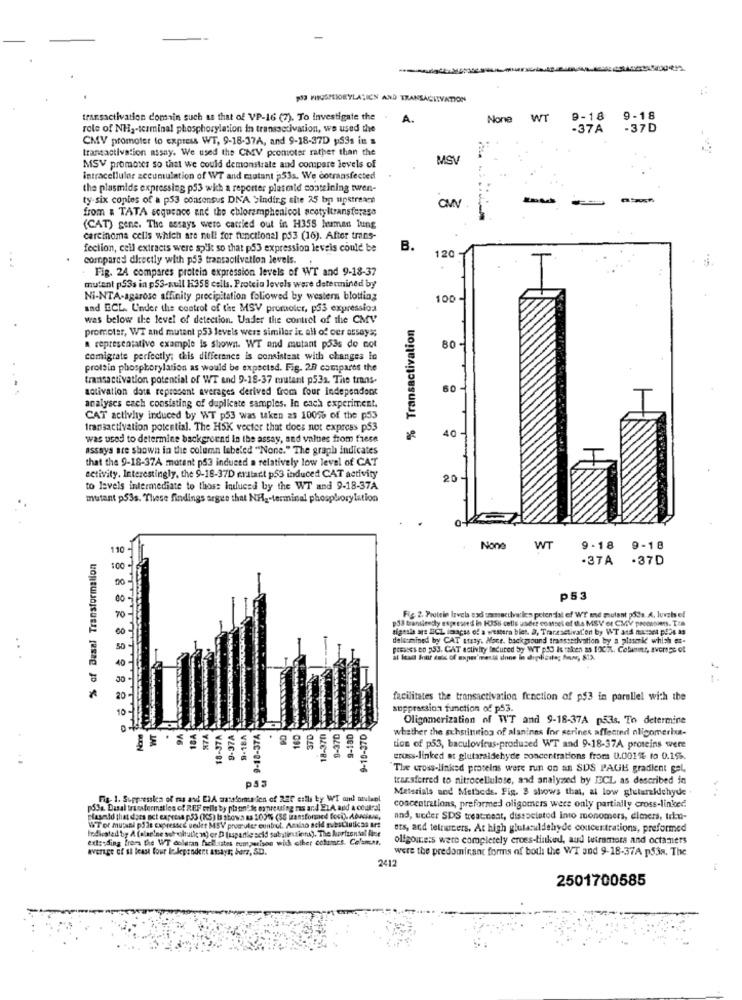
POJ MISUSPEIORYLATION AND TRANSAGITVATION
transactivation domain such as that of VP-16 (7). To Investigate the
A.
None WT
9-18
9-18
role of NH2-terminal phosphorylation in transaccivation, we used the
-37A
-37D
CMV promoter to express WT, 9-18-37A, and 9-18-37D p59s in »
transactivation assay. We used the CMV promoter rather than the
MSI
MSV promotes so that we could demonstrate and compare levels of
intracellular accumulation of WT and mutant 53s. We cotransfected
the plasmids expressing p53 wich a reporter plasmid conteining twen-
ty-six copies of a p53 consensus DNA binding site 25 bp upstream
from a TATA sequence and the chloramphenicol acetyltransferasa
(CAT) gene. The assays were carried out in H355 human lung
carcinoma cells which are null for functional p53 (16). After trans-
fection, cell extracts were split so that p53 expression leveis could be
B.
120
compared directly with p53 transactivation levels.
Fig. 24 compares protein expression levels of WT and 9-18-37
mutant p53a in p5S-null 1358 cells. Protein levels were determined by
Ni-NTA-agarose affinity precipitation followed by western blotting
100
and ECL. Under the control of the MSV promoter, p33 expressios
was below the level of detection. Under the control of the CMV
% Transactivation
promoter, WT and mutant p53 levels wers similar it all of oer arsays;
a representative example is shown. WT and mutant pass do not
80
comigrate perfectly; chis difference is consistent with changes lo
protein phosphorylation as would be expected. Fig. 28 compares the
transactivation potential of WT and 9-18-37 cutant p53a. The trans-
activation dota represent averages derived from four independent
60 -
analyses each consisting of duplicate samples. In cach experiment.
CAT activity induced by WT p53 was taken as 100% of the p53
Iransactivation potential. The HSK vector that does not express p53
40
was used to determine background in the assay, and values from frese
assays are shown in the column labeled "None." The graph indicates
that the 9-18-37A matent p53 induced a relatively low level of CAT
setivity. Interestingly, the 9-18-37D erstart p53 induced CAT activity
20
to levels intermediate to those Induced by the WT and 9-18-37A
mutant p53s. These findings argue that NA ,- terminal phosphorylation
110
WT
9 - 18
9-18
% of Basal Transformation
.37A .37D
:00
p53
p38 transiently expressed in K358 cells under comset of the MSV or CMV prontovers. T.e
Fig. 2. Protein Irvels axd umasacilvatica potential of WT and mutant påds. A. luvzis ef
ra blet. D, Tracesctivation by WT and musset pros as
delamined by CAT staty. Mace. background transsedivation by a pisserkd which et-
FCFILES BO 53. CAT activity lacured by WT 53 Is taken as 1007. Cobunmer, sverige of
al lead Sour dols of expos'meris done
facilitates the transactivation fonction of p53 in parallel with the
suppression function of p53.
18-370
9-10-370
Oligomerization of WT and 9-18-37A p53s. To determine
WT
.
18A
R7A
18-37A
9-37A
9-18A
- 9-18-37A
160
37D
9-370
9-180
whether the achstinition of alanines for serines affected oligomerixa-
tion of p53, baculovirus-produced WT and 9-18-37A proteins were
eruss-linked at glutaraldehyde concentrations from 0.001% to 0.15.
The cross-linked proteins were run on an SDS PAGE gradient gel,
transferred to nitrocellulose, and analyzed by ICL as described in
Materials and Methods. Fig. 3 shows that, al low glutarkichyde
Fig. 1. Supresska of ras and ELA masalom ien of 220 estla by WT om! unveel
pSSa. Dasal transformatles of REF Grils by plaonide expressing ras and ELA and a central
concentrations, preformed oligomers were only partially cross-linked
Plasmid that does not express p53 (15) Is shown as 103%% (38 mansformed foci), Abucisse,
and, ueder SDS treat-nest, dissociatod into monomers, dimers, trhu-
hodicsted by A (alanlee sot chuti w) or D [uspartie scid substinziena). The horizontal line
WTor mutani pois expressce ueder MSV prumules control. Amlao acld subsCiuticas ars
ets, and telnucers. At high glulaculdelryde concentrations, preformed
ext: ding from the WT dolaran facilsates rum,perison wick other cofumes. Co'amst.
oligoure:s were completely eroes-linked, aud tutramers and octamets
average of st least four ledependent atsays; barz, SD.
were the predominant forms of boili the WT and 9-18-37A p538. The
2412
2501700585